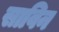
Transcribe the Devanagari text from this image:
साविन